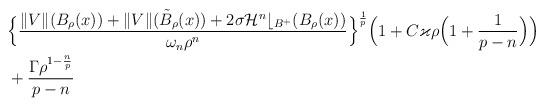
LaTeX: \begin{align*}&\Big\{\frac{\|V\|(B_\rho(x)) + \|V\|(\tilde{B}_\rho(x)) + 2\sigma\mathcal{H}^n\lfloor_{B^+}(B_\rho(x))}{\omega_n\rho^n}\Big\}^{\frac1p}\Big(1+C\varkappa\rho\Big(1+\dfrac{1}{p-n}\Big)\Big) \\&+ \dfrac{\Gamma \rho^{1-\frac{n}{p}}}{p-n}\end{align*}